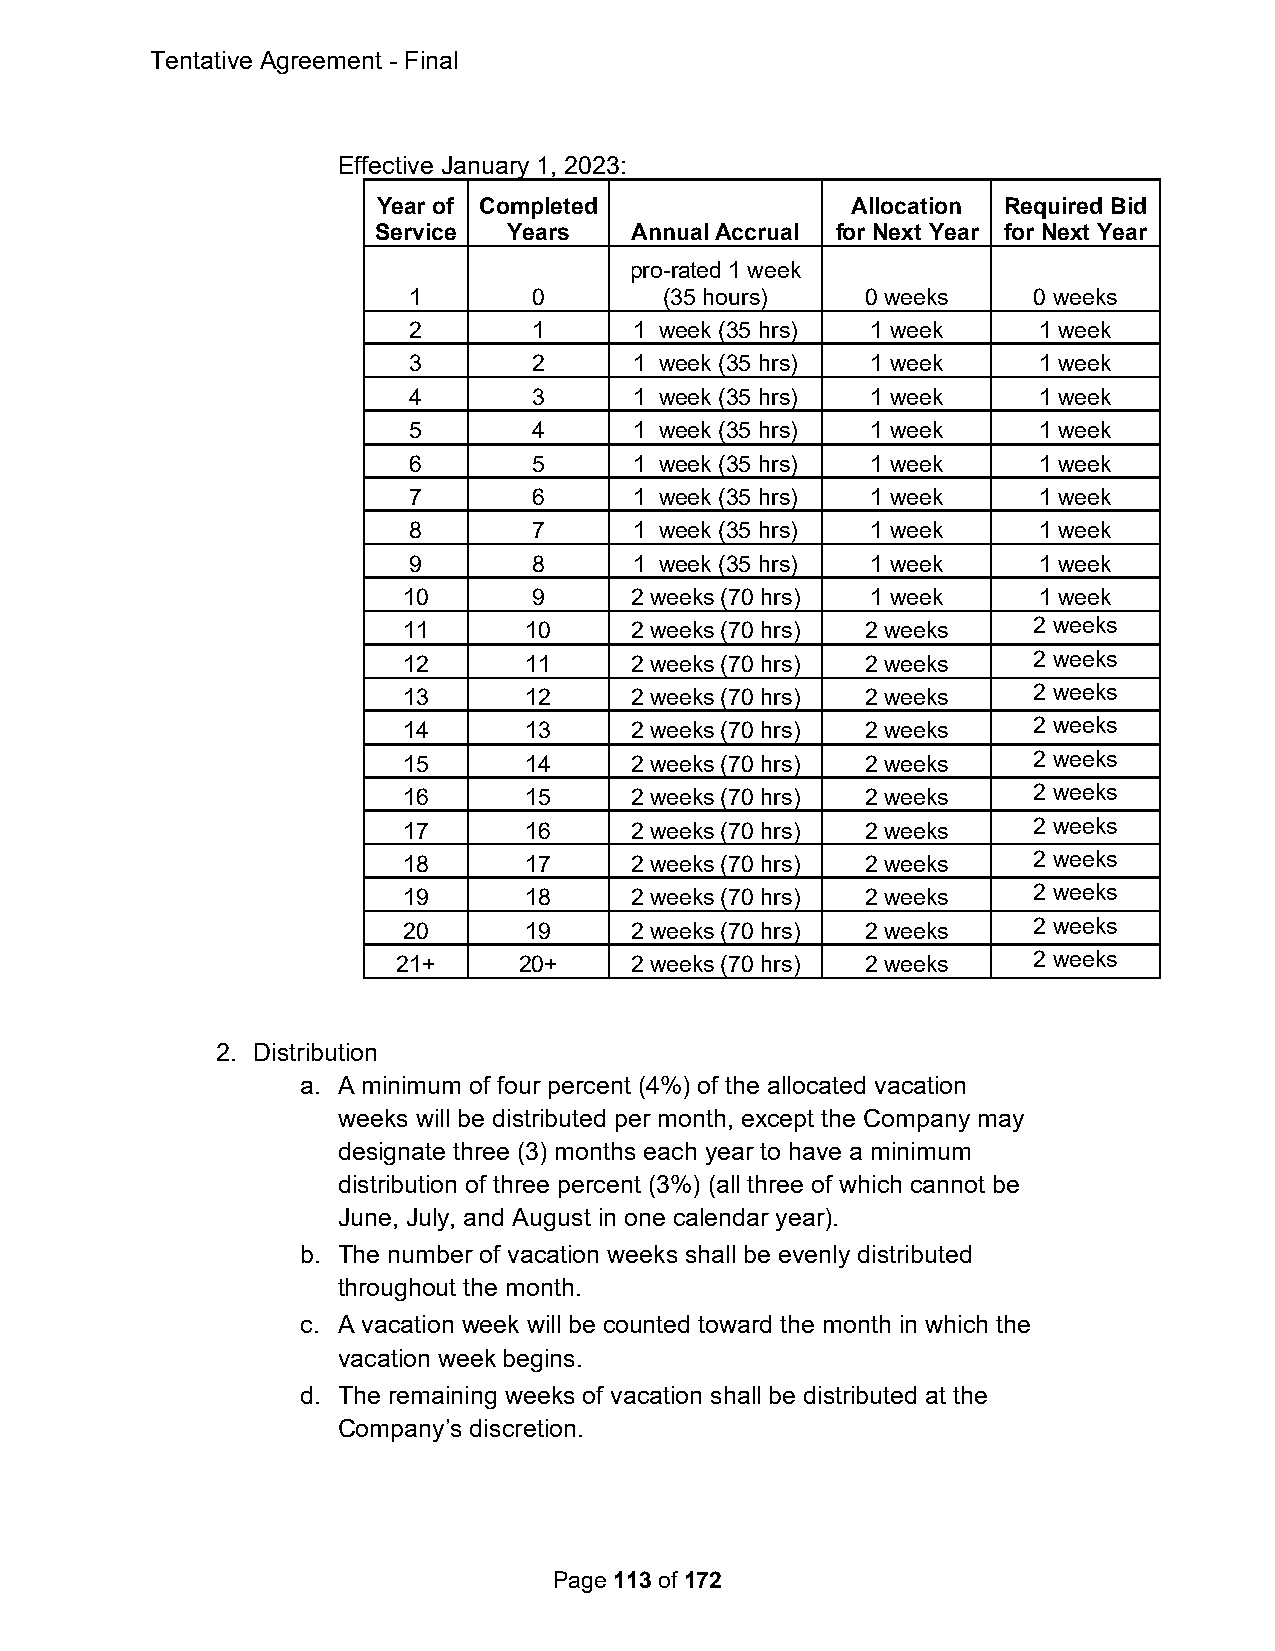
Tentative Agreement - Final
 Effective January 1, 2023:
 Year of Completed              Allocation Required Bid
 Service  Years   Annual Accrual for Next Year for Next Year
 pro-rated 1 week
 1       0        (35 hours)   0 weeks    0 weeks
 2       1      1 week (35 hrs) 1 week     1 week
 3       2      1 week (35 hrs) 1 week     1 week
 4       3      1 week (35 hrs) 1 week     1 week
 5       4      1 week (35 hrs) 1 week     1 week
 6       5      1 week (35 hrs) 1 week     1 week
 7       6      1 week (35 hrs) 1 week     1 week
 8       7      1 week (35 hrs) 1 week     1 week
 9       8      1 week (35 hrs) 1 week     1 week
 10      9      2 weeks (70 hrs) 1 week    1 week
 11      10     2 weeks (70 hrs) 2 weeks  2 weeks
 12      11     2 weeks (70 hrs) 2 weeks  2 weeks
 13      12     2 weeks (70 hrs) 2 weeks  2 weeks
 14      13     2 weeks (70 hrs) 2 weeks  2 weeks
 15      14     2 weeks (70 hrs) 2 weeks  2 weeks
 16      15     2 weeks (70 hrs) 2 weeks  2 weeks
 17      16     2 weeks (70 hrs) 2 weeks  2 weeks
 18      17     2 weeks (70 hrs) 2 weeks  2 weeks
 19      18     2 weeks (70 hrs) 2 weeks  2 weeks
 20      19     2 weeks (70 hrs) 2 weeks  2 weeks
 21+     20+     2 weeks (70 hrs) 2 weeks  2 weeks
 2. Distribution
 a. A minimum of four percent (4%) of the allocated vacation
 weeks will be distributed per month, except the Company may
 designate three (3) months each year to have a minimum
 distribution of three percent (3%) (all three of which cannot be
 June, July, and August in one calendar year).
 b. The number of vacation weeks shall be evenly distributed
 throughout the month.
 c. A vacation week will be counted toward the month in which the
 vacation week begins.
 d. The remaining weeks of vacation shall be distributed at the
 Company’s discretion.
 Page 113 of 172